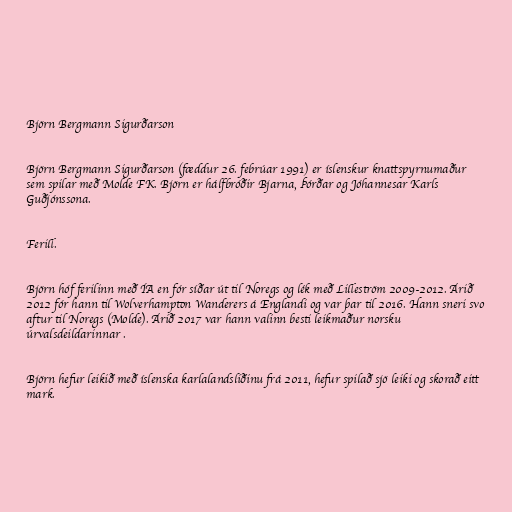
Björn Bergmann Sigurðarson

Björn Bergmann Sigurðarson (fæddur 26. febrúar 1991) er íslenskur knattspyrnumaður
sem spilar með Molde FK. Björn er hálfbróðir Bjarna, Þórðar og Jóhannesar Karls
Guðjónssona.

Ferill.

Björn hóf ferilinn með ÍA en fór síðar út til Noregs og lék með Lilleström 2009-2012. Árið
2012 fór hann til Wolverhampton Wanderers á Englandi og var þar til 2016. Hann sneri svo
aftur til Noregs (Molde). Árið 2017 var hann valinn besti leikmaður norsku
úrvalsdeildarinnar .

Björn hefur leikið með íslenska karlalandsliðinu frá 2011, hefur spilað sjö leiki og skorað eitt
mark.